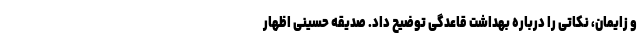
و زایمان، نکاتی را درباره بهداشت قاعدگی توضیح داد. صدیقه حسینی اظهار